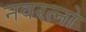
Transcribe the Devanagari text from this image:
नवरत्नो